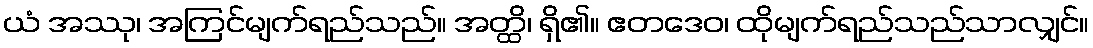
ယံ အဿု၊ အကြင်မျက်ရည်သည်။ အတ္ထိ၊ ရှိ၏။ ဧတဒေဝ၊ ထိုမျက်ရည်သည်သာလျှင်။